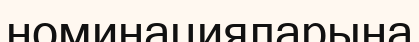
номинацияларына